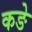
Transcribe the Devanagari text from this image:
कङे